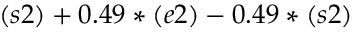
( s 2 ) + 0 . 4 9 * ( e 2 ) - 0 . 4 9 * ( s 2 )